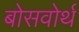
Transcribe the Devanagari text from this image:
बोसवोर्थ